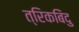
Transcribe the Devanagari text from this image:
त्रिकबिंदु